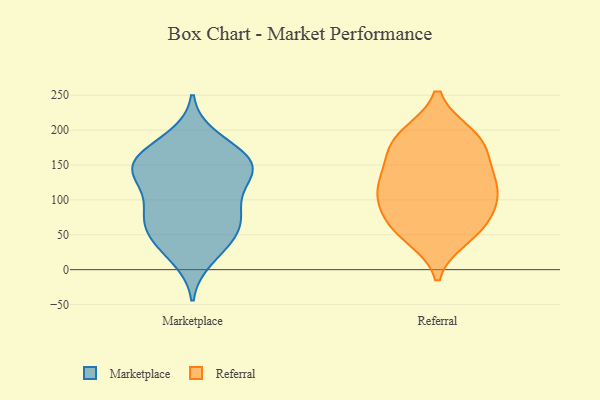
{"axis": {"x": "Revenue (USD Million)", "y": "Value"}, "legend": ["Marketplace", "Referral"], "data": [{"x": "", "y": 68, "type": "Marketplace"}, {"x": "", "y": 85, "type": "Marketplace"}, {"x": "", "y": 175, "type": "Marketplace"}, {"x": "", "y": 38, "type": "Marketplace"}, {"x": "", "y": 54, "type": "Marketplace"}, {"x": "", "y": 136, "type": "Marketplace"}, {"x": "", "y": 73, "type": "Marketplace"}, {"x": "", "y": 97, "type": "Marketplace"}, {"x": "", "y": 36, "type": "Marketplace"}, {"x": "", "y": 158, "type": "Marketplace"}, {"x": "", "y": 159, "type": "Marketplace"}, {"x": "", "y": 17, "type": "Marketplace"}, {"x": "", "y": 149, "type": "Marketplace"}, {"x": "", "y": 75, "type": "Marketplace"}, {"x": "", "y": 189, "type": "Marketplace"}, {"x": "", "y": 147, "type": "Marketplace"}, {"x": "", "y": 148, "type": "Marketplace"}, {"x": "", "y": 135, "type": "Marketplace"}, {"x": "", "y": 125, "type": "Marketplace"}, {"x": "", "y": 123, "type": "Referral"}, {"x": "", "y": 193, "type": "Referral"}, {"x": "", "y": 149, "type": "Referral"}, {"x": "", "y": 57, "type": "Referral"}, {"x": "", "y": 114, "type": "Referral"}, {"x": "", "y": 95, "type": "Referral"}, {"x": "", "y": 71, "type": "Referral"}, {"x": "", "y": 176, "type": "Referral"}, {"x": "", "y": 103, "type": "Referral"}, {"x": "", "y": 186, "type": "Referral"}, {"x": "", "y": 60, "type": "Referral"}, {"x": "", "y": 47, "type": "Referral"}, {"x": "", "y": 113, "type": "Referral"}, {"x": "", "y": 191, "type": "Referral"}, {"x": "", "y": 146, "type": "Referral"}]}